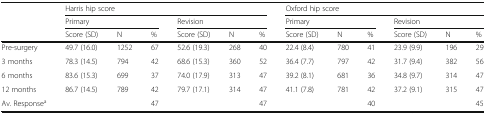
|  | <COLSPAN=6> Harris hip score | <COLSPAN=6> Oxford hip score |
 |  | <COLSPAN=3> Primary | <COLSPAN=3> Revision | <COLSPAN=3> Primary | <COLSPAN=3> Revision |
 |  | Score (SD) | N | % | Score (SD) | N | % | Score (SD) | N | % | Score (SD) | N | % |
 | --- | --- | --- | --- | --- | --- | --- | --- | --- | --- | --- | --- | --- |
 | Pre-surgery | 49.7 (16.0) | 1252 | 67 | 52.6 (19.3) | 268 | 40 | 22.4 (8.4) | 780 | 41 | 23.9 (9.9) | 196 | 29 |
 | 3 months | 78.3 (14.5) | 794 | 42 | 68.6 (15.3) | 360 | 52 | 36.4 (7.7) | 797 | 42 | 31.7 (9.4) | 382 | 56 |
 | 6 months | 83.6 (15.3) | 699 | 37 | 74.0 (17.9) | 313 | 47 | 39.2 (8.1) | 681 | 36 | 34.8 (9.7) | 314 | 47 |
 | 12 months | 86.7 (14.5) | 789 | 42 | 79.7 (17.1) | 314 | 47 | 41.1 (7.8) | 781 | 42 | 37.2 (9.1) | 315 | 47 |
 | Av. Responsea |  |  | 47 |  |  | 47 |  |  | 40 |  |  | 45 |